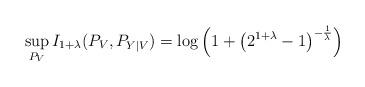
LaTeX: \begin{align*}\sup_{P_{V}} I_{1+\lambda}(P_V, P_{Y|V}) = \log\left(1+\left(2^{1+\lambda}-1\right)^{-\frac{1}{\lambda}}\right) \end{align*}